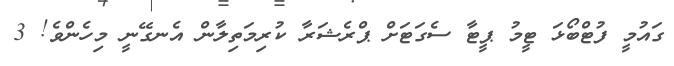
ގައުމީ ފުޓްބޯޅަ ޓީމު ޕީޓާ ސެގަޓަށް ޕްރެޝަރާ ކުރިމަތިލާން އެނގޭނީ މިހެންވެ! 3